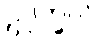
ဥဒုက္ခလံ